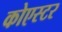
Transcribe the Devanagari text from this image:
कोएस्टर